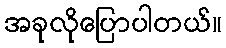
အခုလိုပြောပါတယ်။